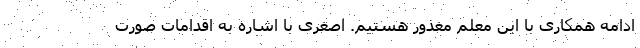
ادامه همکاری با این معلم معذور هستیم. اصغری با اشاره به اقدامات صورت